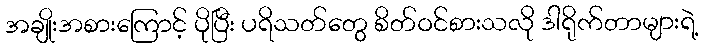
အချိုးအစားကြောင့် ပိုပြီး ပရိသတ်တွေ စိတ်ဝင်စားသလို ဒါရိုက်တာများရဲ့